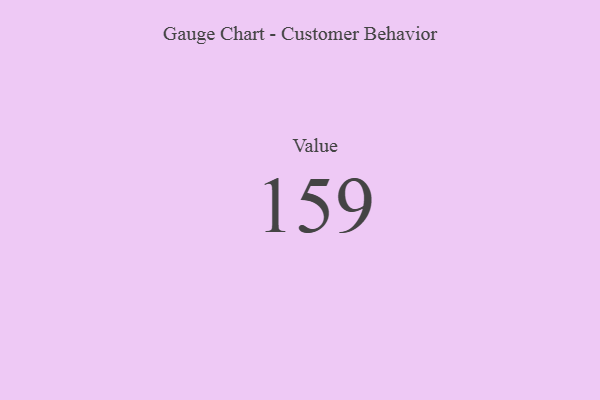
{"axis": {"x": "Metric", "y": "Value"}, "legend": [""], "data": [{"x": "Value", "y": 159, "type": ""}]}